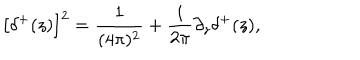
LaTeX: \left[ \delta ^ { + } ( z ) \right] ^ { 2 } = \frac { 1 } { ( 4 \pi ) ^ { 2 } } + \frac { i } { 2 \pi } \partial _ { z } \delta ^ { + } ( z ) ,